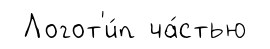
Логот'и́п ча́стью